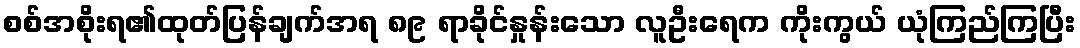
စစ်အစိုးရ၏ထုတ်ပြန်ချက်အရ ၈၉ ရာခိုင်နှုန်းသော လူဦးရေက ကိုးကွယ် ယုံကြည်ကြပြီး